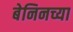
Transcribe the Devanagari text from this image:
बेनिनच्या